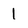
Character: 1